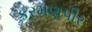
કરમણપીર